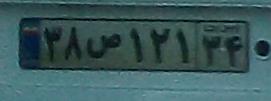
۳۸ص۱۲۱۳۴